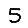
Digit: 5